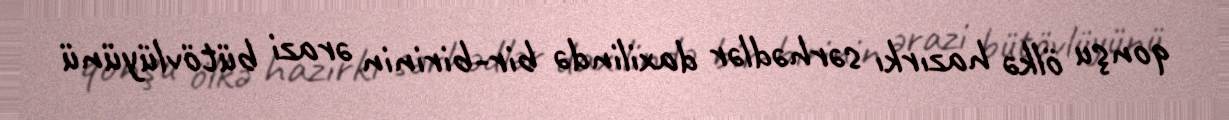
qonşu ölkə hazırkı sərhədlər daxilində bir-birinin ərazi bütövlüyünü